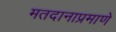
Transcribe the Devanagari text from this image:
मतदानाप्रमाणे